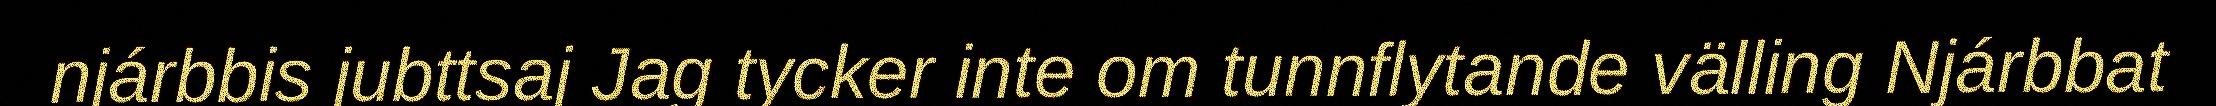
njárbbis jubttsaj Jag tycker inte om tunnflytande välling Njárbbat